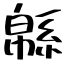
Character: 緜